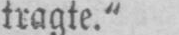
tragte.“